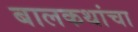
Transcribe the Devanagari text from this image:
बालकथांचा